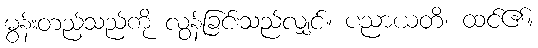
မွန်းတည့်သည်ကို လွန်ခြင်းသည်လျှင်။ ပညာယတိ၊ ထင်၏။